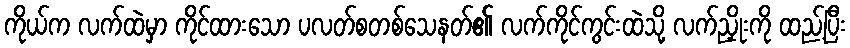
ကိုယ်က လက်ထဲမှာ ကိုင်ထားသော ပလတ်စတစ်သေနတ်၏ လက်ကိုင်ကွင်းထဲသို့ လက်ညှိုးကို ထည့်ပြီး